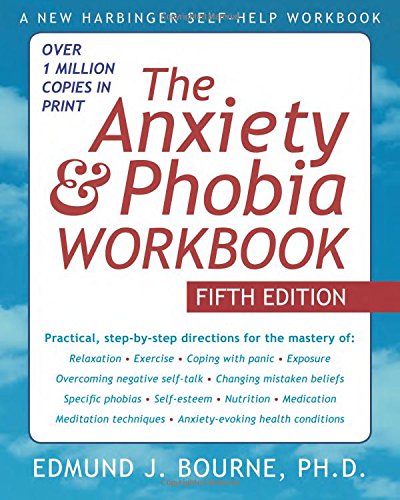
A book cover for The Anxiety and Phobia Workbook; Edmund J. Bourne; Self-Help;